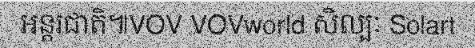
អន្តរជាតិ៕VOV VOVworld សិល្បៈ Solart